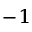
^ { - 1 }